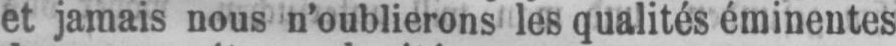
et jamais nous n’oublierons les qualités éminentes